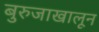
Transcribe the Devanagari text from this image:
बुरुजाखालून